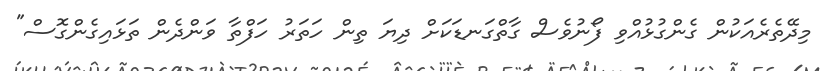
މިދޭތެރެއަކުން ގެންގުޅުއްވި ފޯނުވެސް ގާތްގަނޑަކަށް ދިޔަ ތިން ހަތަރު ހަފްތާ ވަންދެން ތަޅައިގެންގޮސް"